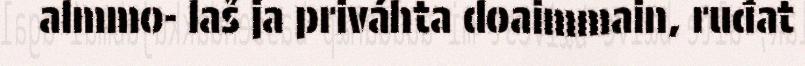
almmo- laš ja priváhta doaimmain, ruđat